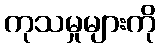
ကုသမှုများကို